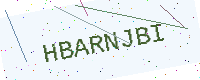
Text: HBARNJBI